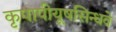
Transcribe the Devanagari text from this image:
कृपापीयूषसिन्धवे